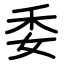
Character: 委